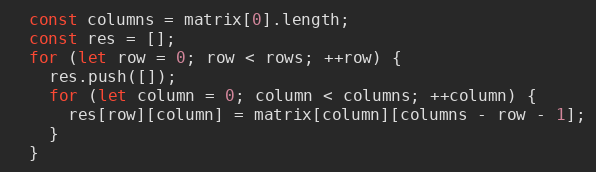
Language: JavaScript
  const columns = matrix[0].length;
  const res = [];
  for (let row = 0; row < rows; ++row) {
    res.push([]);
    for (let column = 0; column < columns; ++column) {
      res[row][column] = matrix[column][columns - row - 1];
    }
  }